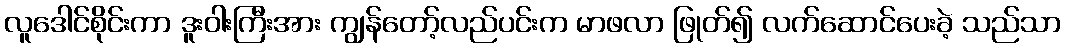
လူဒေါင်စိုင်းကာ ဒူးဝါးကြီးအား ကျွန်တော့်လည်ပင်းက မာဖလာ ဖြုတ်၍ လက်ဆောင်ပေးခဲ့ သည်သာ